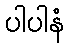
ပါပါနံ